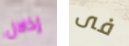
إذلال فى